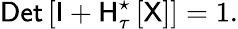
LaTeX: {\sf Det}\left[{\sf I}+{\sf H}_{\tau}^{\star}\left[\sf X\right]\right]=1.